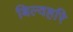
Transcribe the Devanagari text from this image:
बिल्वहरि